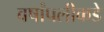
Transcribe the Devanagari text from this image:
वर्षांपलीकडे